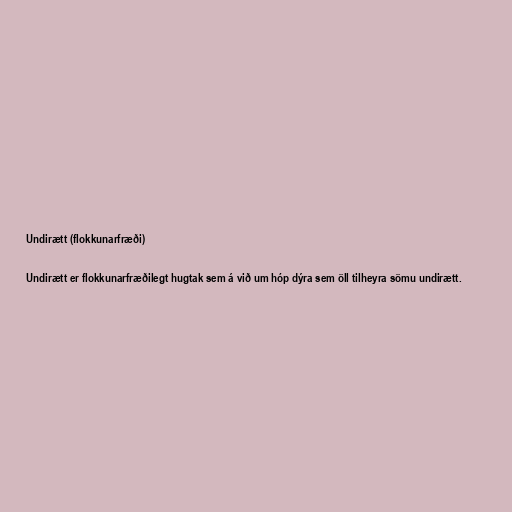
Undirætt (flokkunarfræði)

Undirætt er flokkunarfræðilegt hugtak sem á við um hóp dýra sem öll tilheyra sömu undirætt.